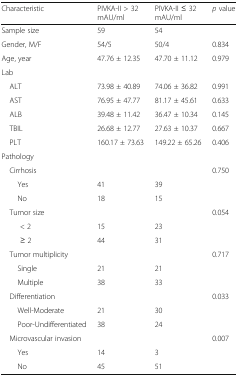
| Characteristic | PIVKA-II > 32 mAU/ml | PIVKA-II ≤ 32 mAU/ml | p value |
 | --- | --- | --- | --- |
 | Sample size | 59 | 54 |  |
 | Gender, M/F | 54/5 | 50/4 | 0.834 |
 | Age, year | 47.76 ± 12.35 | 47.70 ± 11.12 | 0.979 |
 | <COLSPAN=4> Lab |
 | ALT | 73.98 ± 40.89 | 74.06 ± 36.82 | 0.991 |
 | AST | 76.95 ± 47.77 | 81.17 ± 45.61 | 0.633 |
 | ALB | 39.48 ± 11.42 | 36.47 ± 10.34 | 0.145 |
 | TBIL | 26.68 ± 12.77 | 27.63 ± 10.37 | 0.667 |
 | PLT | 160.17 ± 73.63 | 149.22 ± 65.26 | 0.406 |
 | <COLSPAN=4> Pathology |
 | Cirrhosis |  |  | 0.750 |
 | Yes | 41 | 39 |  |
 | No | 18 | 15 |  |
 | Tumor size |  |  | 0.054 |
 | < 2 | 15 | 23 |  |
 | ≥ 2 | 44 | 31 |  |
 | Tumor multiplicity |  |  | 0.717 |
 | Single | 21 | 21 |  |
 | Multiple | 38 | 33 |  |
 | Differentiation |  |  | 0.033 |
 | Well-Moderate | 21 | 30 |  |
 | Poor-Undifferentiated | 38 | 24 |  |
 | Microvascular invasion |  |  | 0.007 |
 | Yes | 14 | 3 |  |
 | No | 45 | 51 |  |